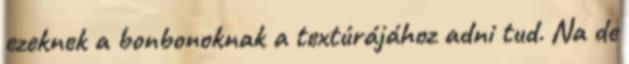
ezeknek a bonbonoknak a textúrájához adni tud. Na de